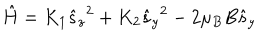
{ \hat { H } } = K _ { 1 } { { \hat { s } } _ { z } } ^ { 2 } + K _ { 2 } { { \hat { s } } _ { y } } ^ { 2 } - 2 \mu _ { B } B { { \hat { s } } _ { y } }